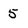
Character: 5